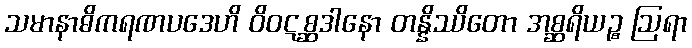
သမာနာဓိကရဏပဒေဟိ ဝိဝဋစ္ဆဒါနော တန္နိဿိတော အစ္ဆရိယဉ္စ ဩရာ